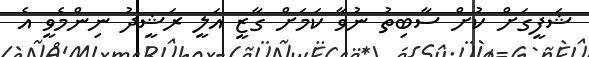
ޝަފީގަށް ކުށް ސާބިތު ނުވާ ކަމަށް ގާޒީ އަލީ ރަޝީދު ނިންމެވީ އެ